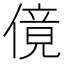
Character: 傹